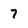
Character: 7